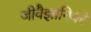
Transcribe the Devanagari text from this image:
जीवैज्ञानिकों